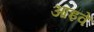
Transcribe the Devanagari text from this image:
आइवें